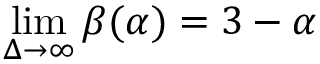
\operatorname* { l i m } _ { \Delta \rightarrow \infty } \beta ( \alpha ) = 3 - \alpha